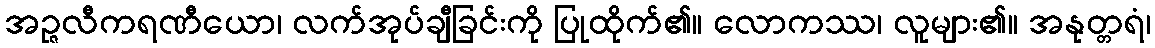
အဉ္ဇလီကရဏီယော၊ လက်အုပ်ချီခြင်းကို ပြုထိုက်၏။ လောကဿ၊ လူများ၏။ အနုတ္တရံ၊